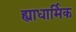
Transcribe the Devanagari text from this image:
ह्याधार्मिक